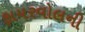
ફાયરવોલની